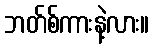
ဘတ်စ်ကားနဲ့လား။